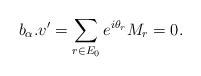
LaTeX: \begin{align*}b_{\alpha}.v' = \sum_{r \in E_0} e^{i \theta_r}M_r = 0.\end{align*}